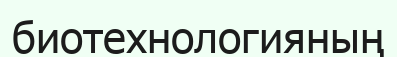
биотехнологияның